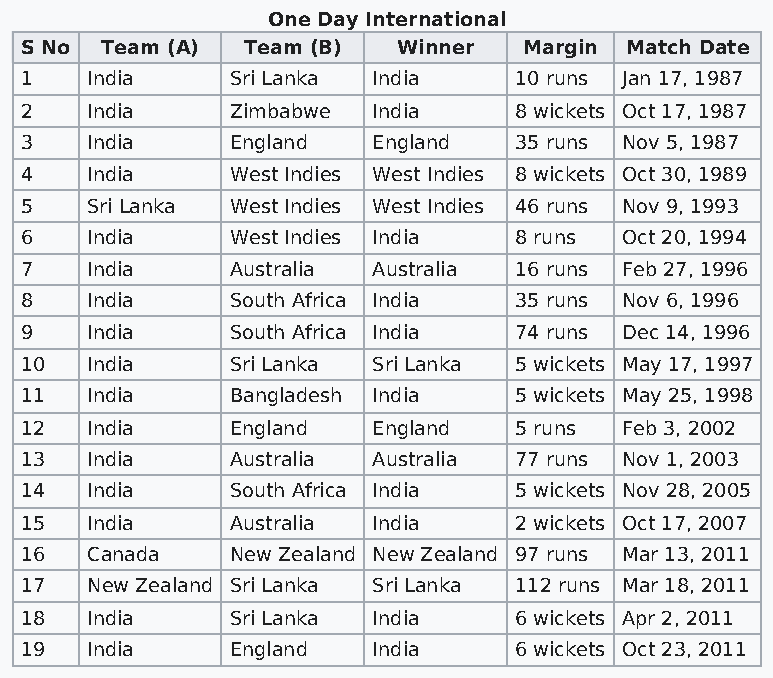
One Day International
 S No  Team (A) Team (B)  Winner   Margin Match Date
 1    India    Sri Lanka India    10 runs Jan 17, 1987
 2    India    Zimbabwe  India    8 wickets Oct 17, 1987
 3    India    England   England  35 runs Nov 5, 1987
 4    India    West Indies West Indies 8 wickets Oct 30, 1989
 5    Sri Lanka West Indies West Indies 46 runs Nov 9, 1993
 6    India    West Indies India  8 runs Oct 20, 1994
 7    India    Australia Australia 16 runs Feb 27, 1996
 8    India    South Africa India 35 runs Nov 6, 1996
 9    India    South Africa India 74 runs Dec 14, 1996
 10   India    Sri Lanka Sri Lanka 5 wickets May 17, 1997
 11   India    Bangladesh India   5 wickets May 25, 1998
 12   India    England   England  5 runs Feb 3, 2002
 13   India    Australia Australia 77 runs Nov 1, 2003
 14   India    South Africa India 5 wickets Nov 28, 2005
 15   India    Australia India    2 wickets Oct 17, 2007
 16   Canada   New Zealand New Zealand 97 runs Mar 13, 2011
 17   New Zealand Sri Lanka Sri Lanka 112 runs Mar 18, 2011
 18   India    Sri Lanka India    6 wickets Apr 2, 2011
 19   India    England   India    6 wickets Oct 23, 2011